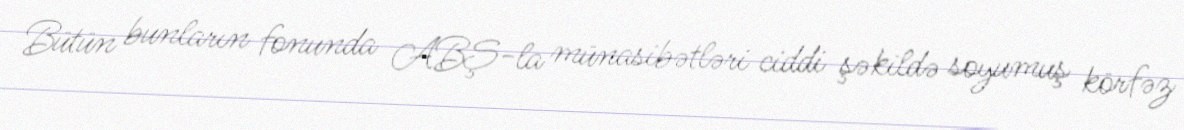
Bütün bunların fonunda ABŞ-la münasibətləri ciddi şəkildə soyumuş körfəz